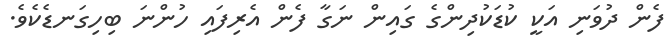
ފެން ދުވަނި އަކީ ކުޑަކުދިންގެ ގައިން ނަގާ ފެން އެރިފައި ހުންނަ ބިހިގަނޑެކެވެ.